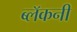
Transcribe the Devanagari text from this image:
ब्लॅकनी